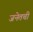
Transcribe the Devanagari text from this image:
जनेतची